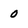
Character: 0